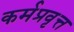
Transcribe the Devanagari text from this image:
कर्मप्रवृत्त